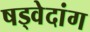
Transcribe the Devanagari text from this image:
षड्वेदांग